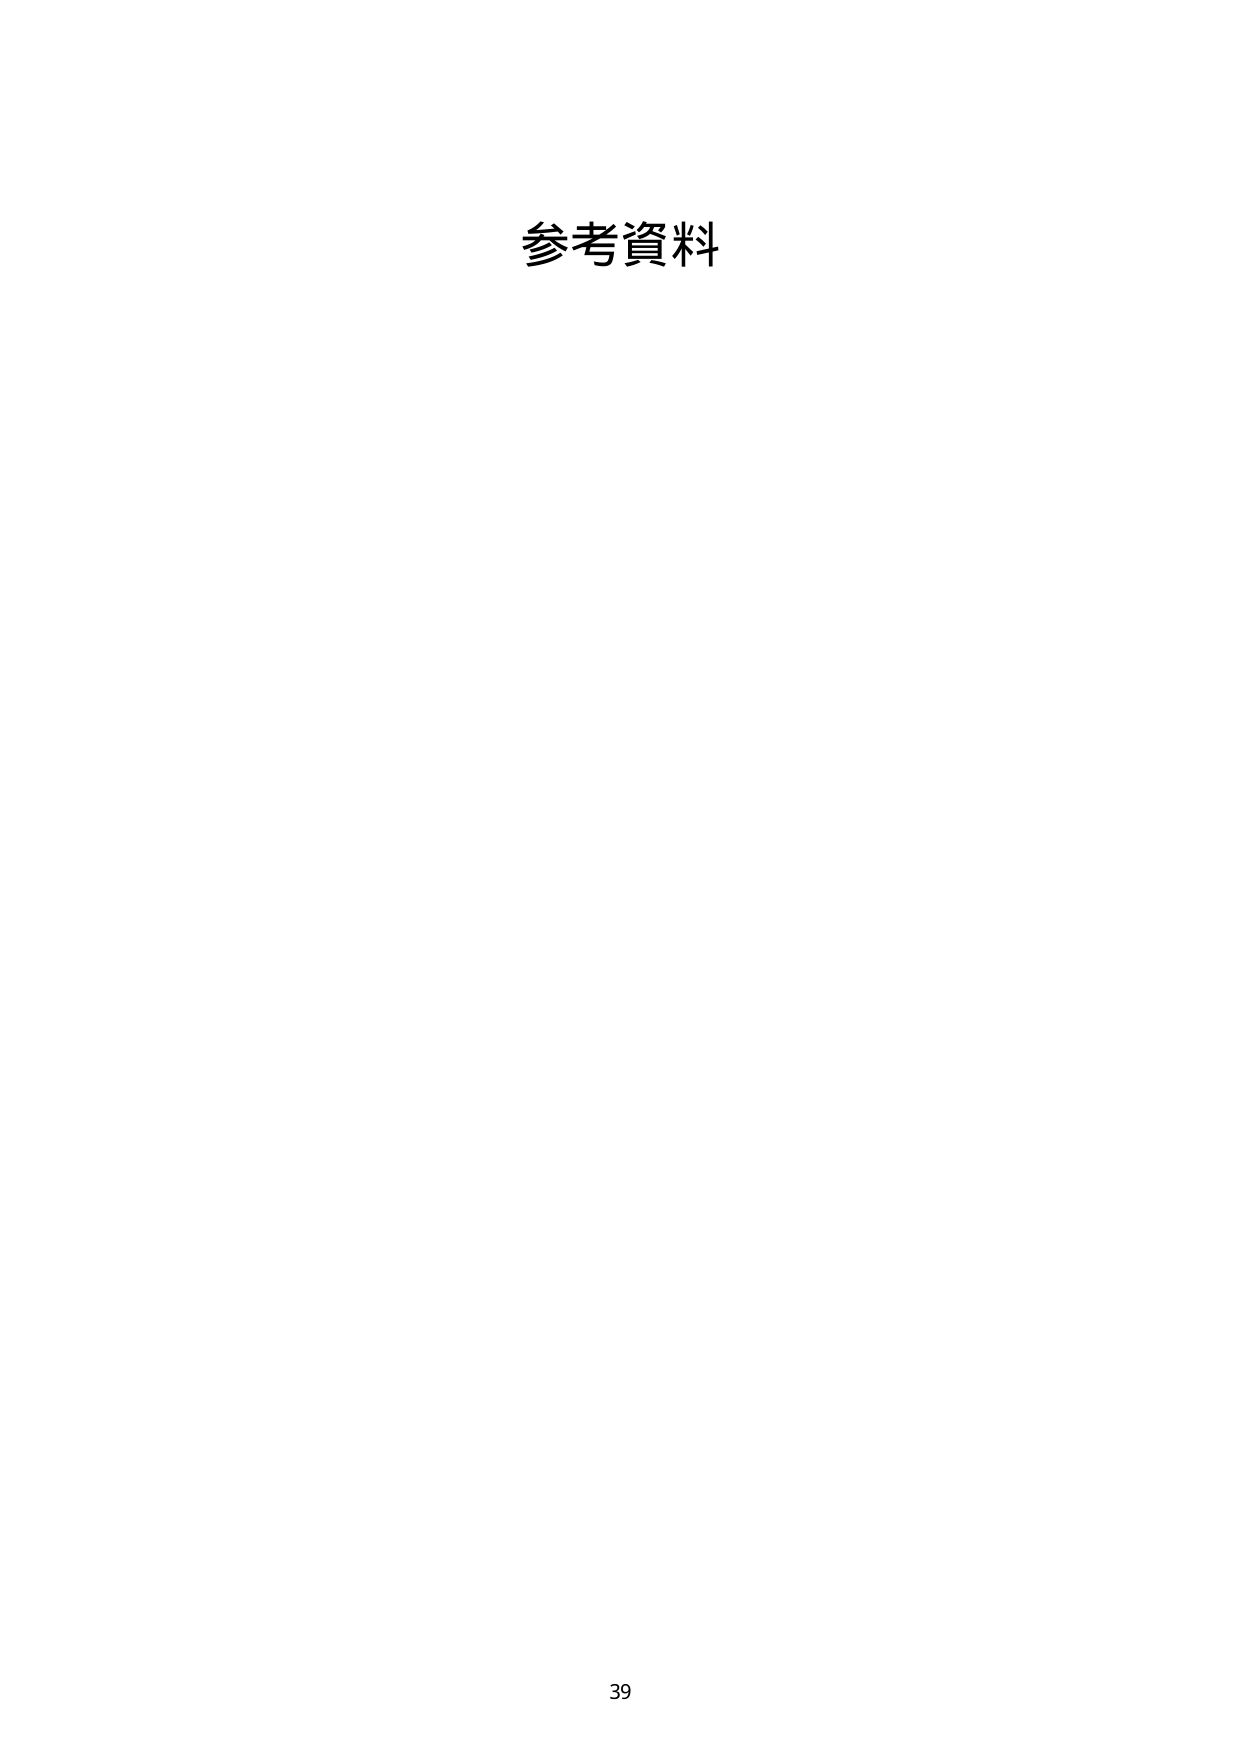
参考資料

39